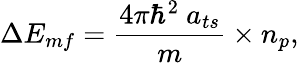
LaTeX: \Delta E_{mf}=\frac{4\pi\hbar^{2}\ a_{ts}}{m}\times n_{p},